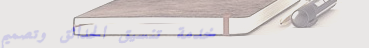
خدمة تنسيق الحدائق وتصميم